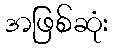
အဖြစ်ဆုံး